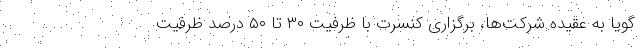
گویا به عقیده شرکت‌ها، برگزاری کنسرت با ظرفیت ۳۰ تا ۵۰ درصد ظرفیت